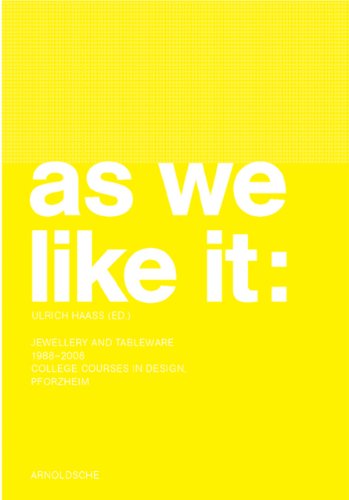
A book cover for As We Like It: Jewellery and Tableware 1988-2008; Crafts, Hobbies & Home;